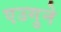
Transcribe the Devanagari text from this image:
एउगुने